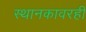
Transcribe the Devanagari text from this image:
स्थानकावरही